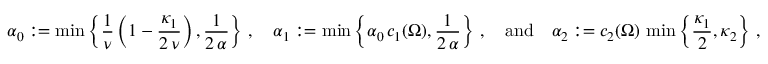
\alpha _ { 0 } : = \operatorname* { m i n } \left\{ \frac { 1 } { \nu } \left( 1 - \frac { \kappa _ { 1 } } { 2 \, \nu } \right) , \frac { 1 } { 2 \, \alpha } \right\} \, , \quad \alpha _ { 1 } : = \operatorname* { m i n } \left\{ \alpha _ { 0 } \, c _ { 1 } ( \Omega ) , \frac { 1 } { 2 \, \alpha } \right\} \, , { \quad \mathrm { a n d } \quad } \alpha _ { 2 } : = c _ { 2 } ( \Omega ) \, \operatorname* { m i n } \left\{ \frac { \kappa _ { 1 } } { 2 } , \kappa _ { 2 } \right\} \, ,